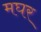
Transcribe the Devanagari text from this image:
मघर